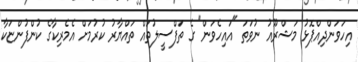
އިހަވަންދިއްޕޮޅު މަޝްރޫއު ނުވަތަ "އައިހެވަން" ގެ ތަފްސީލުތައް ތައްޔާރު ކުރުމަށް އެމެރިކާގެ ކުންފުންޏަކާ